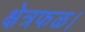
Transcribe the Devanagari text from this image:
क्षेत्रफळ।